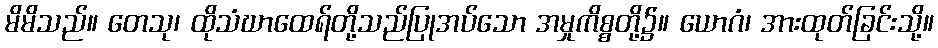
မိမိသည်။ တေသု၊ ထိုသံဃာထေရ်တို့သည်ပြုအပ်သော အမှုကိစ္စတို့၌။ ယောဂံ၊ အားထုတ်ခြင်းသို့။